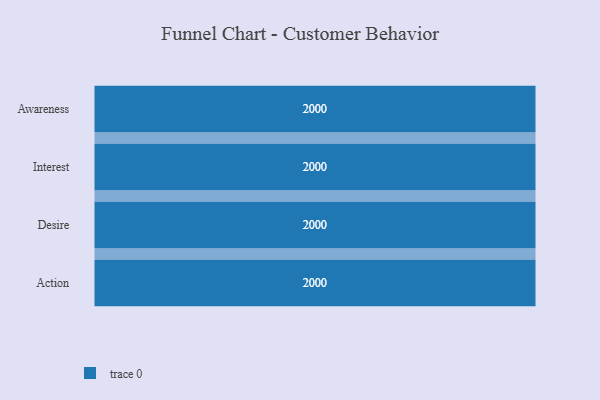
{"axis": {"x": "Stage", "y": "Value"}, "legend": [""], "data": [{"x": "Awareness", "y": 2000, "type": ""}, {"x": "Interest", "y": 2000, "type": ""}, {"x": "Desire", "y": 2000, "type": ""}, {"x": "Action", "y": 2000, "type": ""}]}